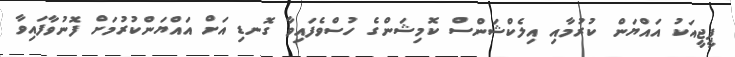
ޕީޖީއަކު އައްޔަން ކުރުމާއި އިލެކްޝަންސް ކޮމިޝަންގެ ހުސްވެފައިވާ ގޮނޑި އަށް އައްޔަންކުރުމަށް ފޮނުވާފައިވާ